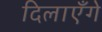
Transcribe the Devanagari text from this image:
दिलाएँगे